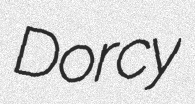
Dorcy